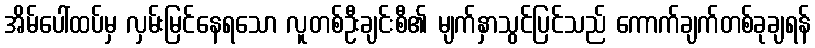
အိမ်ပေါ်ထပ်မှ လှမ်းမြင်နေရသော လူတစ်ဦးချင်းစီ၏ မျက်နှာသွင်ပြင်သည် ကောက်ချက်တစ်ခုချရန်